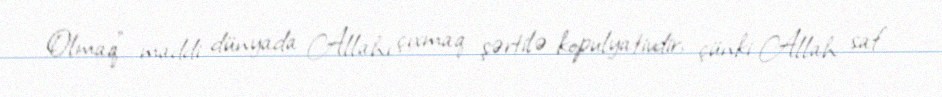
Olmaq" maddi dünyada Allahı çıxmaq şərtilə kopulyativdir, çünki Allah saf